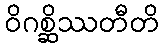
ဝိဂစ္ဆိဿတီတိ